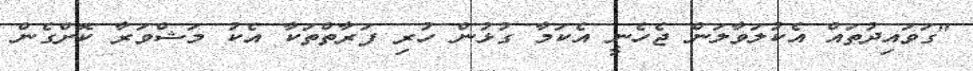
"ގަވައިދުތައް އެކުލަވާލަން ޖެހެނީ އެކަމާ ގުޅުން ހުރި ފަރާތްތަކާ އެކު މަޝްވަރާ ކޮށްގެން